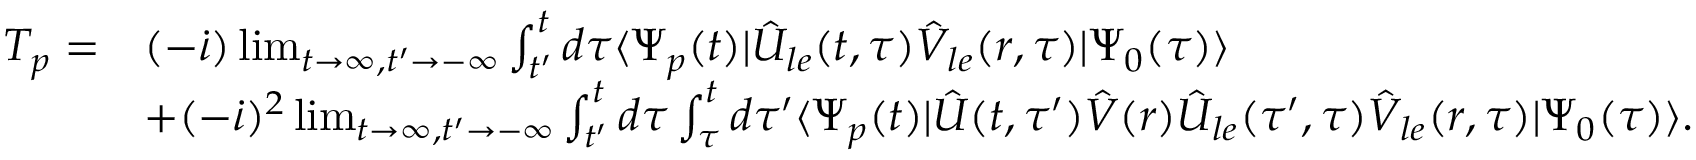
\begin{array} { r l } { T _ { \boldsymbol { p } } = } & { ( - \dot { \iota } ) \operatorname* { l i m } _ { t \to \infty , t ^ { \prime } \to - \infty } \int _ { t ^ { \prime } } ^ { t } d \tau \langle \Psi _ { \boldsymbol { p } } ( t ) | \hat { U } _ { l e } ( t , \tau ) \hat { V } _ { l e } ( \boldsymbol { r } , \tau ) | \Psi _ { 0 } ( \tau ) \rangle } \\ & { + ( - \dot { \iota } ) ^ { 2 } \operatorname* { l i m } _ { t \to \infty , t ^ { \prime } \to - \infty } \int _ { t ^ { \prime } } ^ { t } d \tau \int _ { \tau } ^ { t } d \tau ^ { \prime } \langle \Psi _ { \boldsymbol { p } } ( t ) | \hat { U } ( t , \tau ^ { \prime } ) \hat { V } ( \boldsymbol { r } ) \hat { U } _ { l e } ( \tau ^ { \prime } , \tau ) \hat { V } _ { l e } ( \boldsymbol { r } , \tau ) | \Psi _ { 0 } ( \tau ) \rangle . } \end{array}